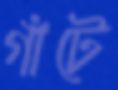
গাঁটে